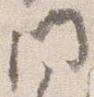
門